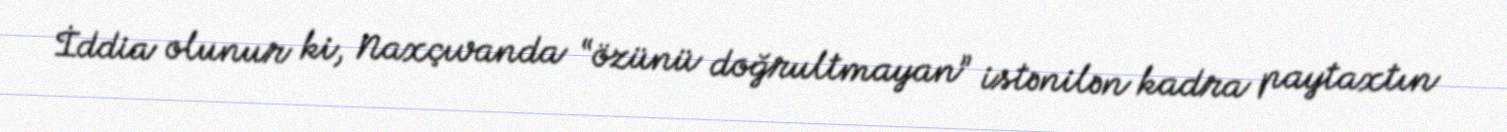
İddia olunur ki, Naxçıvanda “özünü doğrultmayan” istənilən kadra paytaxtın